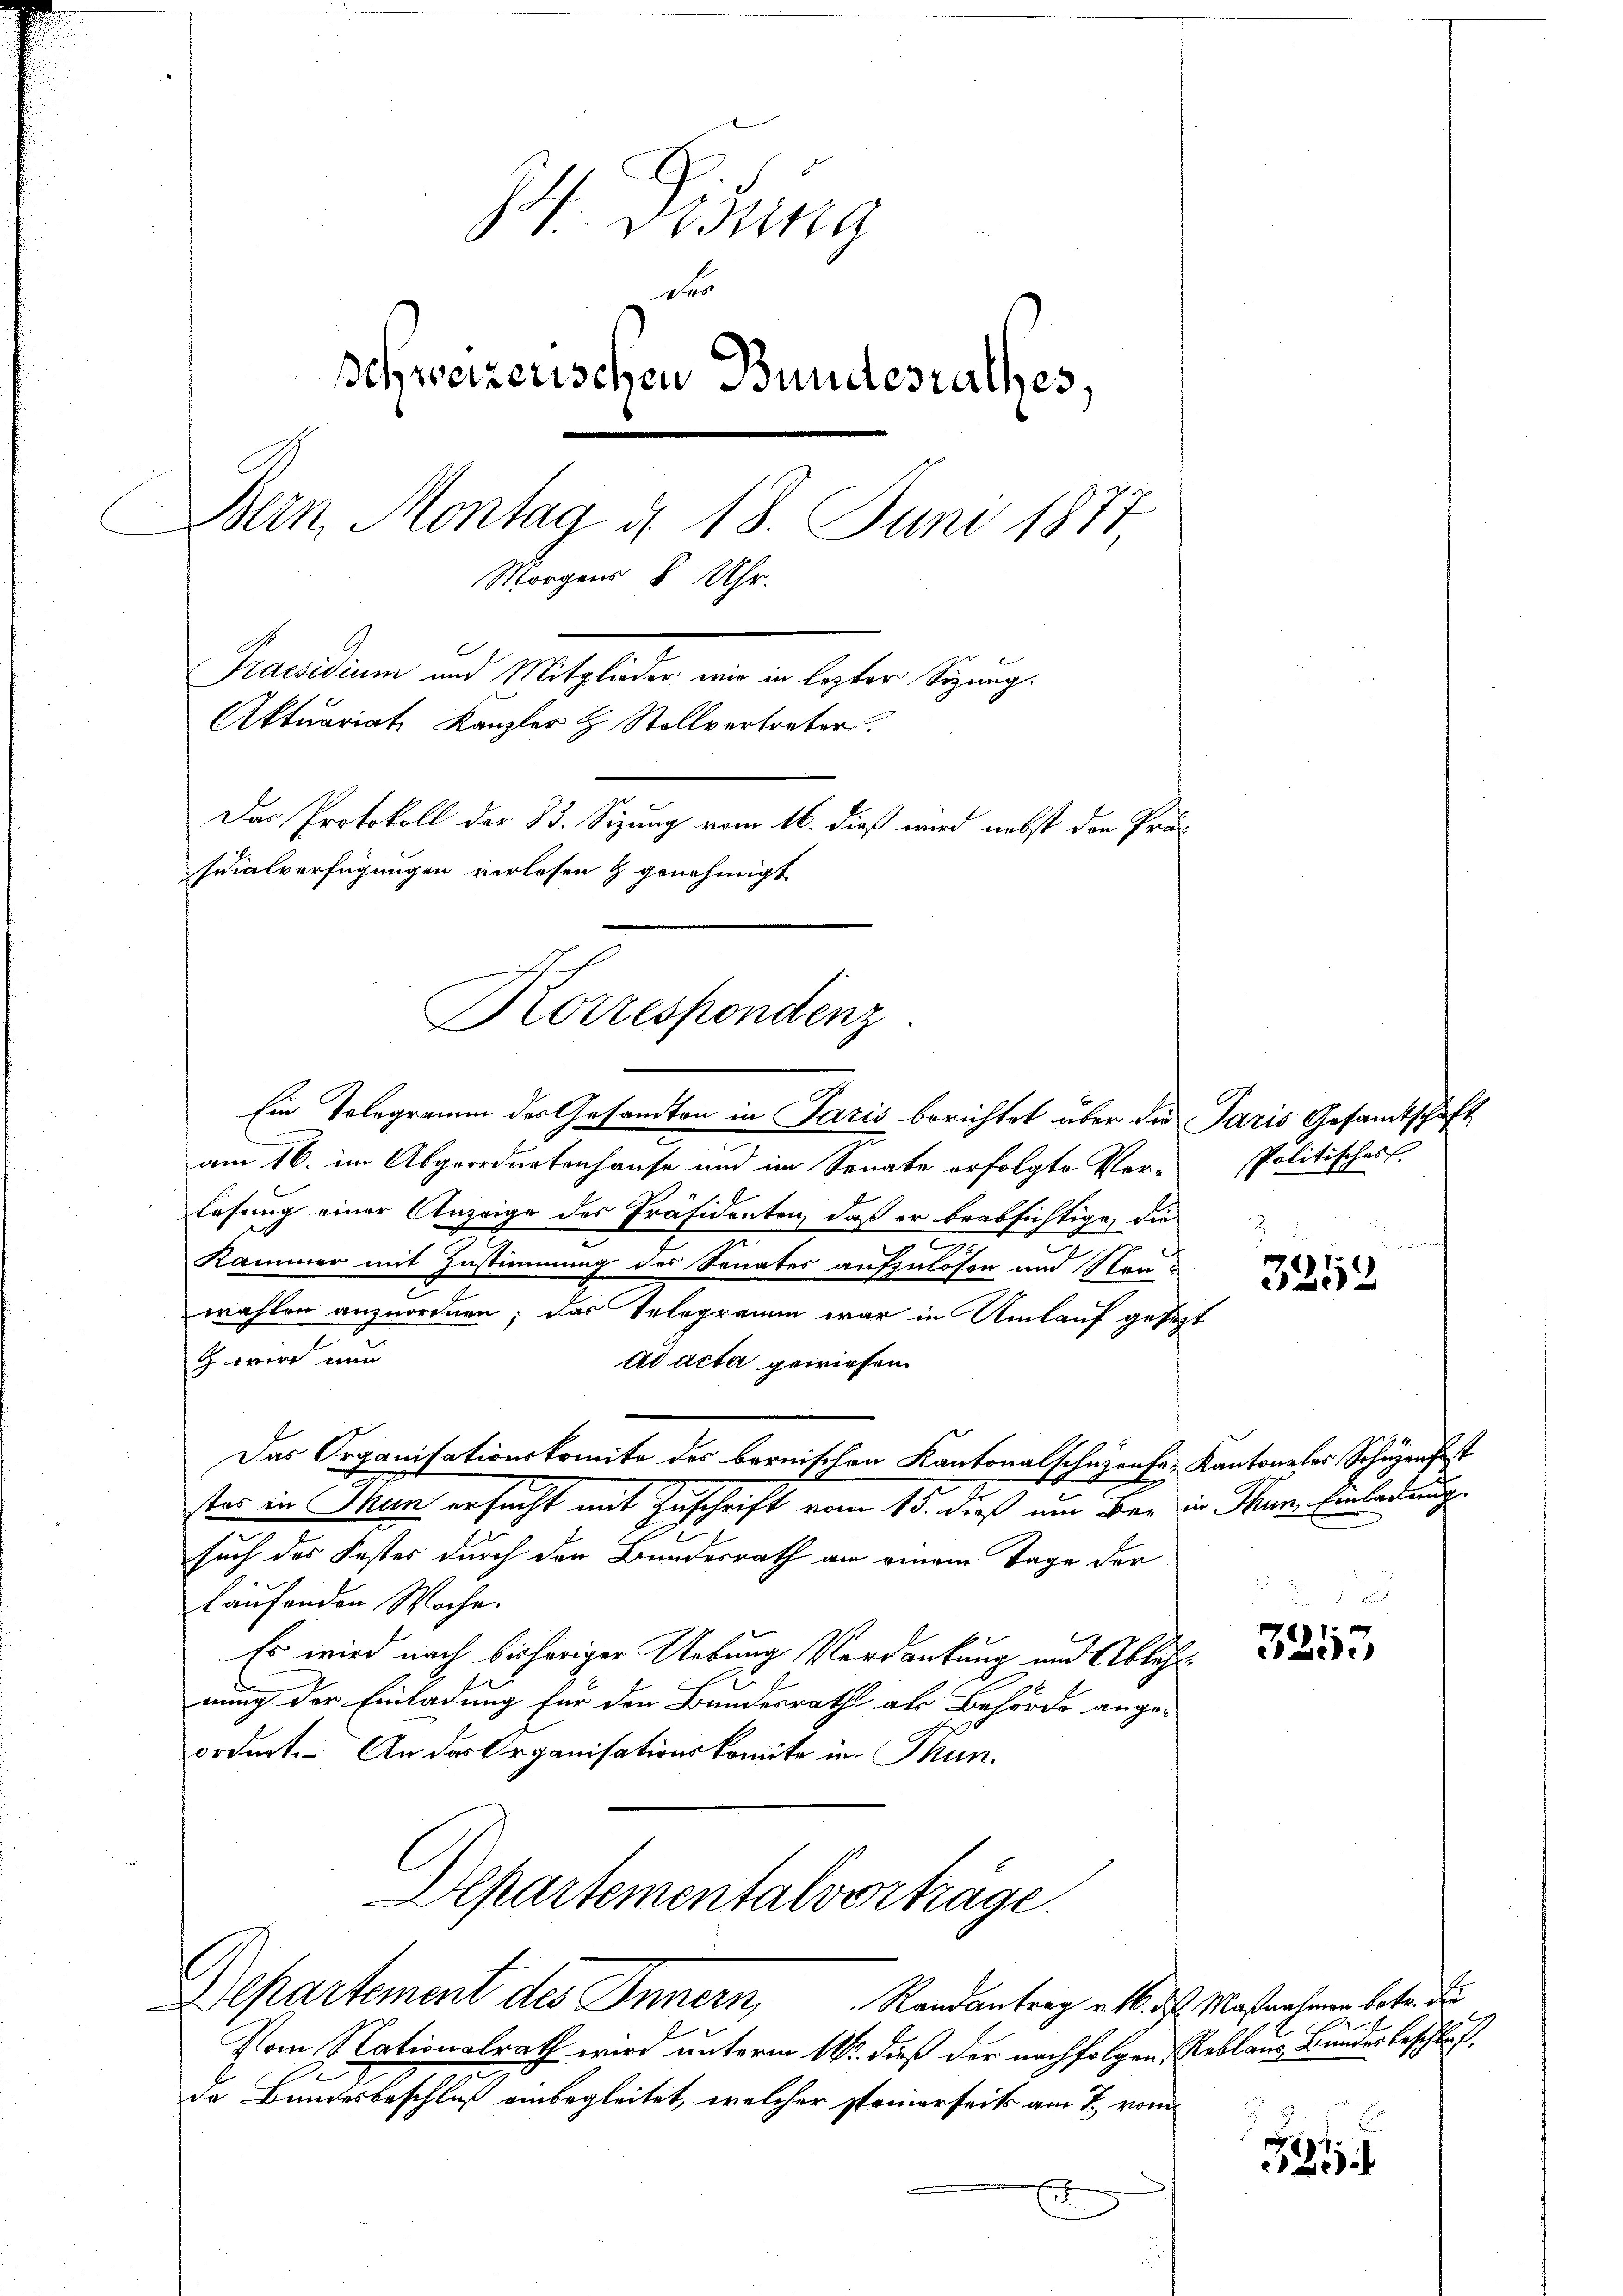
S. Ding
der
Schweizerischen Bundesrathes,
Bern, Montag d. 18. Juni 1877,
Morgens 8 Uhr.
Praesidium und Mitglieder wie in lezter Sitzung.
Aktuariat Kanzler & Stellvertreter.
Das Protokoll der 33. Sizung vom 16. dieß wird nebst den Präs
sidialverfügungen verlesen & genehmigt

Korrespendenz.

Ein Telegramm des Gesandton in Paris berichtet über die Paris Gesamtschaft
am 16. im Abgeordnetenhause und im Senate erfolgte Ver-
lesung einer Anzeige des Präsidenten, daß er beabsichtige, die
7
Kammer mit Zustimmung des Senates aufzulösen und Neuwählen anzuordnen; das Telegramm war in Umlauf gesezt
 wird nun
ad acta gewiesen.
Das Organisationskomite des bernischen Kantonalschuzente Kantonales Schüzenfest
F
ster in Thun ersucht mit Zuschrift vom 15. dieß um ber in Thun, Einladung
such des Faster durch den Bundesrath an einem Tage der
laufenden Woche.
Es wird nach bisheriger Uebung Verdankung und Ablehnung der Einladung für den Bundesrath als Behörde ange-
ordnet. An das Organisationskomite im Thun.
Departementalvertrage.
epartement des Innern, Randantrag v. 16. d. Massnahmen betr. di
Vom Nationalrath wird unterm 16t dieß der nachfolgen Reblaus Bunder beschluß
de Bundesbeschluß einbegleitet, welcher sponierseits am 7. vom

.
.

s
Politiz-
2

3252

3253

326